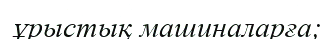
ұрыстық машиналарға;